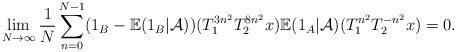
\begin{align*}\lim\limits_{N\rightarrow \infty}\frac{1}{N}\sum_{n=0}^{N-1}(1_{B}-\mathbb{E}(1_B|\mathcal{A}))(T_{1}^{3n^2} T_{2}^{8n^2}x)\mathbb{E}(1_A|\mathcal{A})(T_{1}^{n^2} T_{2}^{-n^2}x)=0.\end{align*}